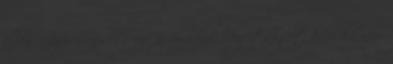
ellen. Gyurcsány Ferenc az emberek segítségét kéri: ha nem